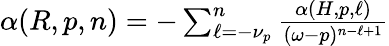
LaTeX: \begin{array}{r}{\alpha(R,p,n)=-\sum_{\ell=-\nu_{p}}^{n}\frac{\alpha(H,p,\ell)}{(\omega-p)^{n-\ell+1}}}\end{array}